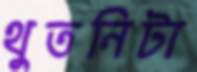
থুতনিটা